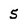
Character: 5